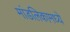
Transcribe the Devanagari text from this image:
मांडलिकामध्ये